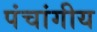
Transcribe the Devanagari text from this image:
पंचांगीय